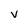
Character: V